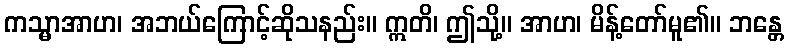
ကသ္မာအာဟ၊ အဘယ်ကြောင့်ဆိုသနည်း။ ဣတိ၊ ဤသို့။ အာဟ၊ မိန့်တော်မူ၏။ ဘန္တေ